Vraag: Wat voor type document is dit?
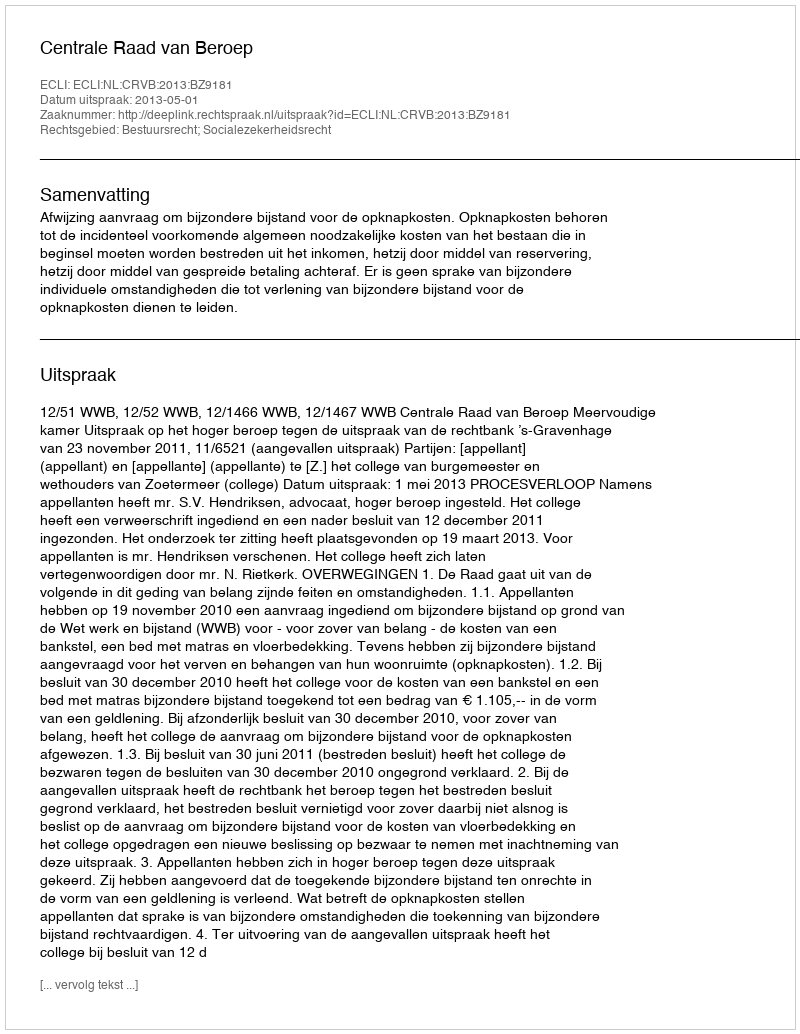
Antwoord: Uitspraak